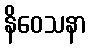
နိဝေသနာ